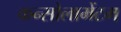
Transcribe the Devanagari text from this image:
कन्सोलामेंटम